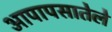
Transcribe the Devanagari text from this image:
आपापसातेले